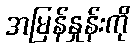
အမြန်နှုန်းကို